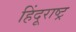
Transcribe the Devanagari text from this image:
हिंदूराष्ट्र